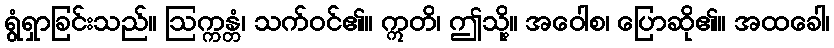
ရွံရှာခြင်းသည်။ ဩက္ကန္တံ၊ သက်ဝင်၏။ ဣတိ၊ ဤသို့။ အဝေါစ၊ ပြောဆို၏။ အထခေါ၊